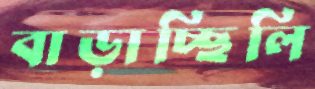
বাড়াচ্ছিলি